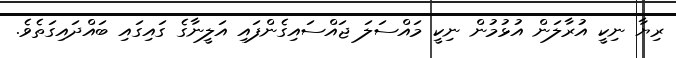
ރިޔާ ނިކީ އުރާލަން އުޅުމުން ނިކީ މައްސަލަ ޖައްސައިގެންފައި އަލީނާގެ ގައިގައި ބައްދައިގަތެވެ.